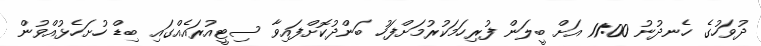
ދުވަހުގެ ހެނދުނު 11:00 އަށް ބީލަން ފުރިހަމަކުރުމަށްފަހު ބަންދުކޮށްފައިވާ ސިޓީއުރައެއްގައި ބިޑް ހުށަހެޅުއްވުން